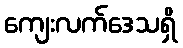
ကျေးလက်ဒေသရှိ